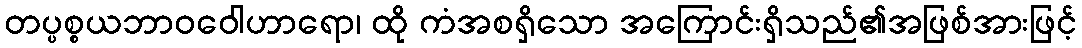
တပ္ပစ္စယဘာဝဝေါဟာရော၊ ထို ကံအစရှိသော အကြောင်းရှိသည်၏အဖြစ်အားဖြင့်